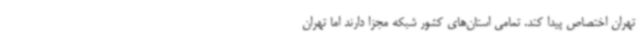
تهران اختصاص پیدا کند. تمامی استان‌های کشور شبکه مجزا دارند اما تهران